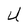
Character: U